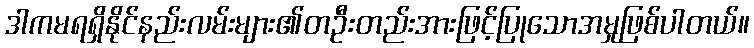
ဒါကမရရှိနိုင်နည်းလမ်းများ၏တဦးတည်းအားဖြင့်ပြုသောအမှုဖြစ်ပါတယ်။